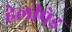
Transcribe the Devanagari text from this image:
हेलीपेड